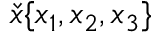
{ \check { x } } \{ x _ { 1 } , x _ { 2 } , x _ { 3 } \}